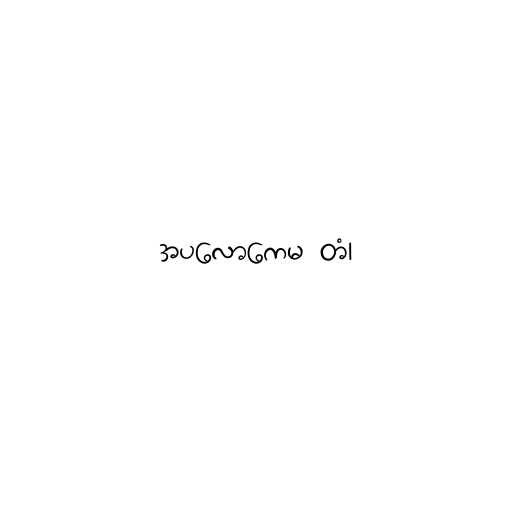
အပလောကေမ တံ၊